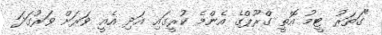
"ގަތަރު ޓީމު އޮތީ ގްރޫޕްގެ އެންމެ ކުރީގައި އަދި އެއީ ވަރަށް ވަރުގަދަ